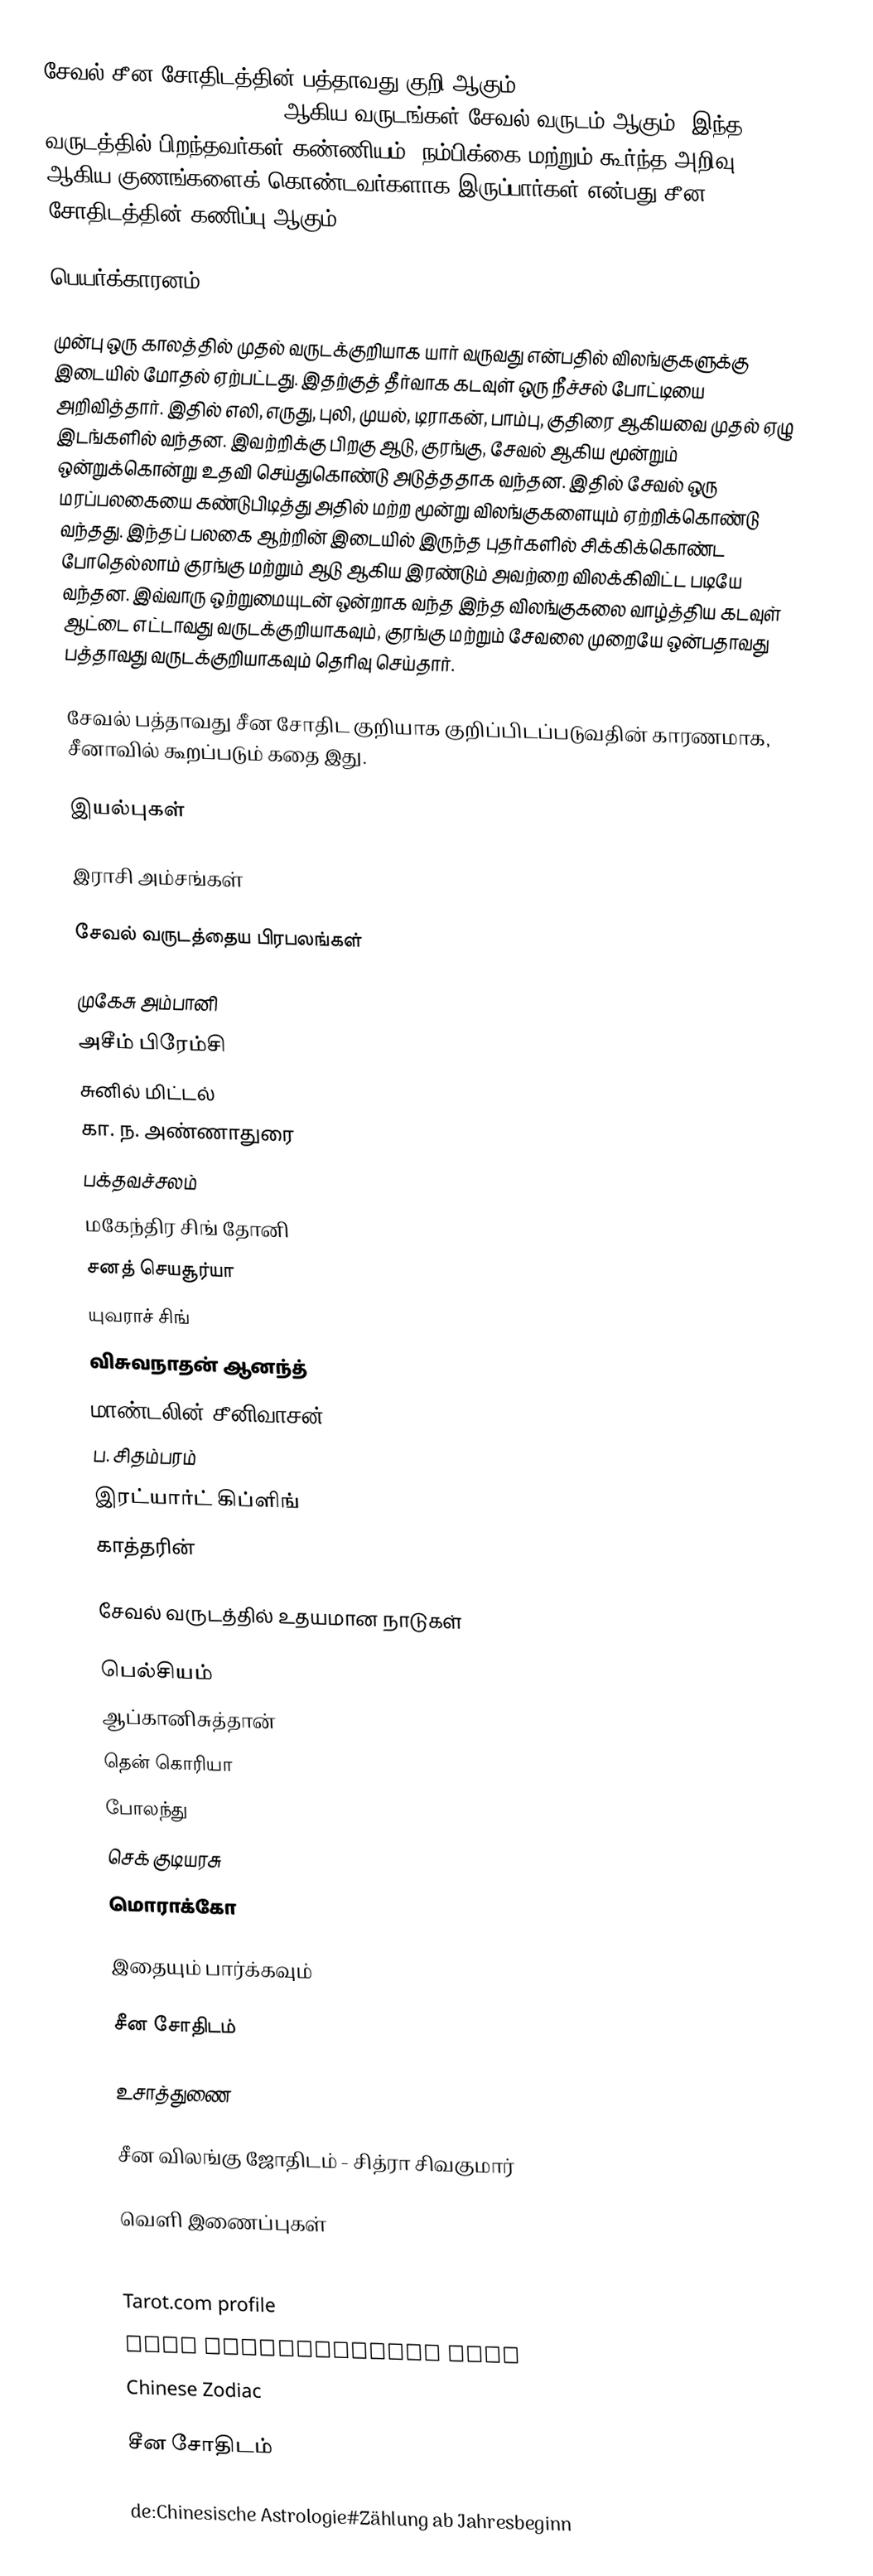
சேவல் சீன சோதிடத்தின் பத்தாவது குறி ஆகும். 1933, 1945, 1957, 1969, 1981, 1993, 2005, 2017, 2029, 2041 ஆகிய வருடங்கள் சேவல் வருடம் ஆகும். இந்த வருடத்தில் பிறந்தவர்கள் கண்ணியம், நம்பிக்கை மற்றும் கூர்ந்த அறிவு ஆகிய குணங்களைக் கொண்டவர்களாக இருப்பார்கள் என்பது சீன சோதிடத்தின் கணிப்பு ஆகும்.

பெயர்க்காரனம்

முன்பு ஒரு காலத்தில் முதல் வருடக்குறியாக யார் வருவது என்பதில் விலங்குகளுக்கு இடையில் மோதல் ஏற்பட்டது. இதற்குத் தீர்வாக கடவுள் ஒரு நீச்சல் போட்டியை அறிவித்தார். இதில் எலி, எருது, புலி, முயல், டிராகன், பாம்பு, குதிரை ஆகியவை முதல் ஏழு இடங்களில் வந்தன. இவற்றிக்கு பிறகு ஆடு, குரங்கு, சேவல் ஆகிய மூன்றும் ஒன்றுக்கொன்று உதவி செய்துகொண்டு அடுத்ததாக வந்தன. இதில் சேவல் ஒரு மரப்பலகையை கண்டுபிடித்து அதில் மற்ற மூன்று விலங்குகளையும் ஏற்றிக்கொண்டு வந்தது. இந்தப் பலகை ஆற்றின் இடையில் இருந்த புதர்களில் சிக்கிக்கொண்ட போதெல்லாம் குரங்கு மற்றும் ஆடு ஆகிய இரண்டும் அவற்றை விலக்கிவிட்ட படியே வந்தன. இவ்வாரு ஒற்றுமையுடன் ஒன்றாக வந்த இந்த விலங்குகலை வாழ்த்திய கடவுள் ஆட்டை எட்டாவது வருடக்குறியாகவும், குரங்கு மற்றும் சேவலை முறையே ஒன்பதாவது பத்தாவது வருடக்குறியாகவும் தெரிவு செய்தார்.

சேவல் பத்தாவது சீன சோதிட குறியாக குறிப்பிடப்படுவதின் காரணமாக, சீனாவில் கூறப்படும் கதை இது.

இயல்புகள்

இராசி அம்சங்கள்

சேவல் வருடத்தைய பிரபலங்கள்

முகேசு அம்பானி
அசீம் பிரேம்சி
சுனில் மிட்டல்
கா. ந. அண்ணாதுரை
பக்தவச்சலம்
மகேந்திர சிங் தோனி
சனத் செயசூர்யா
யுவராச் சிங்
விசுவநாதன் ஆனந்த்
மாண்டலின் சீனிவாசன்
ப. சிதம்பரம்
இரட்யார்ட் கிப்ளிங்
காத்தரின்

சேவல் வருடத்தில் உதயமான நாடுகள்

பெல்சியம்
ஆப்கானிசுத்தான்
தென் கொரியா
போலந்து
செக் குடியரசு
மொராக்கோ

இதையும் பார்க்கவும்

சீன சோதிடம்

உசாத்துணை

சீன விலங்கு ஜோதிடம் - சித்ரா சிவகுமார்

வெளி இணைப்புகள்

Chinese Zodiac Rooster Destiny
Tarot.com profile
Cock compatibility page
Chinese Zodiac

சீன சோதிடம்

de:Chinesische Astrologie#Zählung ab Jahresbeginn